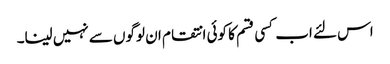
اس لئے اب کسی قسم کا کوئی انتقام ان لوگوں سے نہیں لینا۔